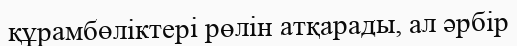
құрамбөліктері рөлін атқарады, ал әрбір